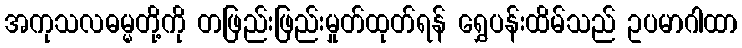
အကုသလဓမ္မတို့ကို တဖြည်းဖြည်းမှုတ်ထုတ်ရန် ရွှေပန်းထိမ်သည် ဥပမာဂါထာ